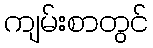
ကျမ်းစာတွင်